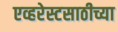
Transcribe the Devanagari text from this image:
एव्हरेस्टसाठीच्या